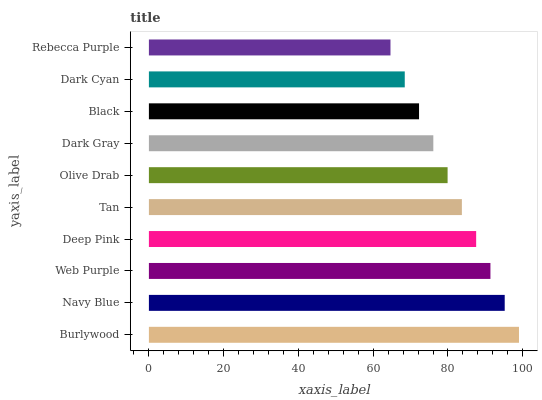
| yaxis_label | bars |
 | --- | --- |
 | Burlywood | 99 |
 | Navy Blue | 95.2 |
 | Web Purple | 91.4 |
 | Deep Pink | 87.5 |
 | Tan | 83.7 |
 | Olive Drab | 79.9 |
 | Dark Gray | 76.1 |
 | Black | 72.3 |
 | Dark Cyan | 68.4 |
 | Rebecca Purple | 64.6 |